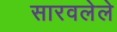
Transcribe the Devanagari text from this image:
सारवलेले